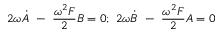
2 \omega \Dot { A } \ - \ \frac { \omega ^ { 2 } F } { 2 } B = 0 ; \ 2 \omega \Dot { B } \ - \ \frac { \omega ^ { 2 } F } { 2 } A = 0